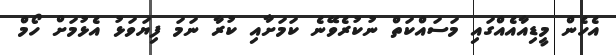
އެހެން މީޑިއާއެއްގައި މަސައްކަތް ނުކުރެވޭނެ ކަމަށާއި ކުރާ ނަމަ ފިޔަވަޅު އެޅުމަށް ހޯމް